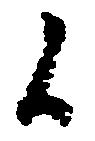
候